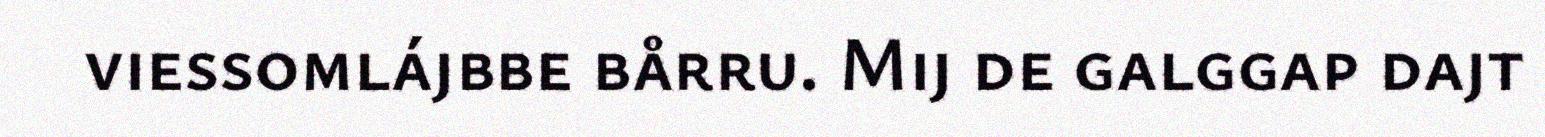
viessomlájbbe bårru. Mij de galggap dajt